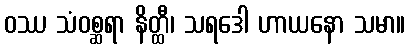
ဝဿ သံဝစ္ဆရာ နိတ္ထီ၊ သရဒေါ ဟာယနော သမာ။